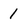
Character: 1